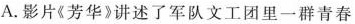
A. 影片《芳华》讲述了军队文工团里一群青春